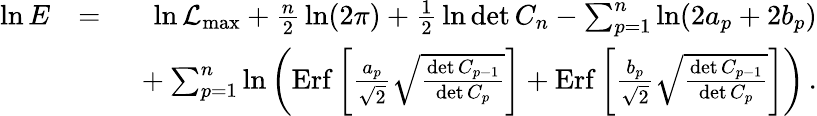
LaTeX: \begin{array}{rlr}{\ln E}&{=}&{\ln{\cal L}_{\mathrm{max}}+{\frac{n}{2}}\ln(2\pi)+{\frac{1}{2}}\ln\operatorname*{det}C_{n}-\sum_{p=1}^{n}\ln(2a_{p}+2b_{p})}\\ &{}&{\ +\sum_{p=1}^{n}\ln\left(\mathrm{Erf}\left[{\frac{a_{p}}{\sqrt 2}}\sqrt{\frac{\operatorname*{det}C_{p-1}}{\operatorname*{det}C_{p}}}\right]+\mathrm{Erf}\left[{\frac{b_{p}}{\sqrt 2}}\sqrt{\frac{\operatorname*{det}C_{p-1}}{\operatorname*{det}C_{p}}}\right]\right)\, .}\end{array}